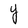
Character: Y